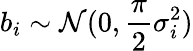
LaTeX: b_{i}\sim\mathcal{N}(0,\frac{\pi}{2}\sigma_{i}^{2})